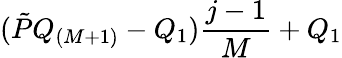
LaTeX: (\tilde{P}Q_{(M+1)}-Q_{1})\frac{j-1}{M}+Q_{1}